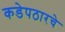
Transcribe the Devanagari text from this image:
कडेपठारचे